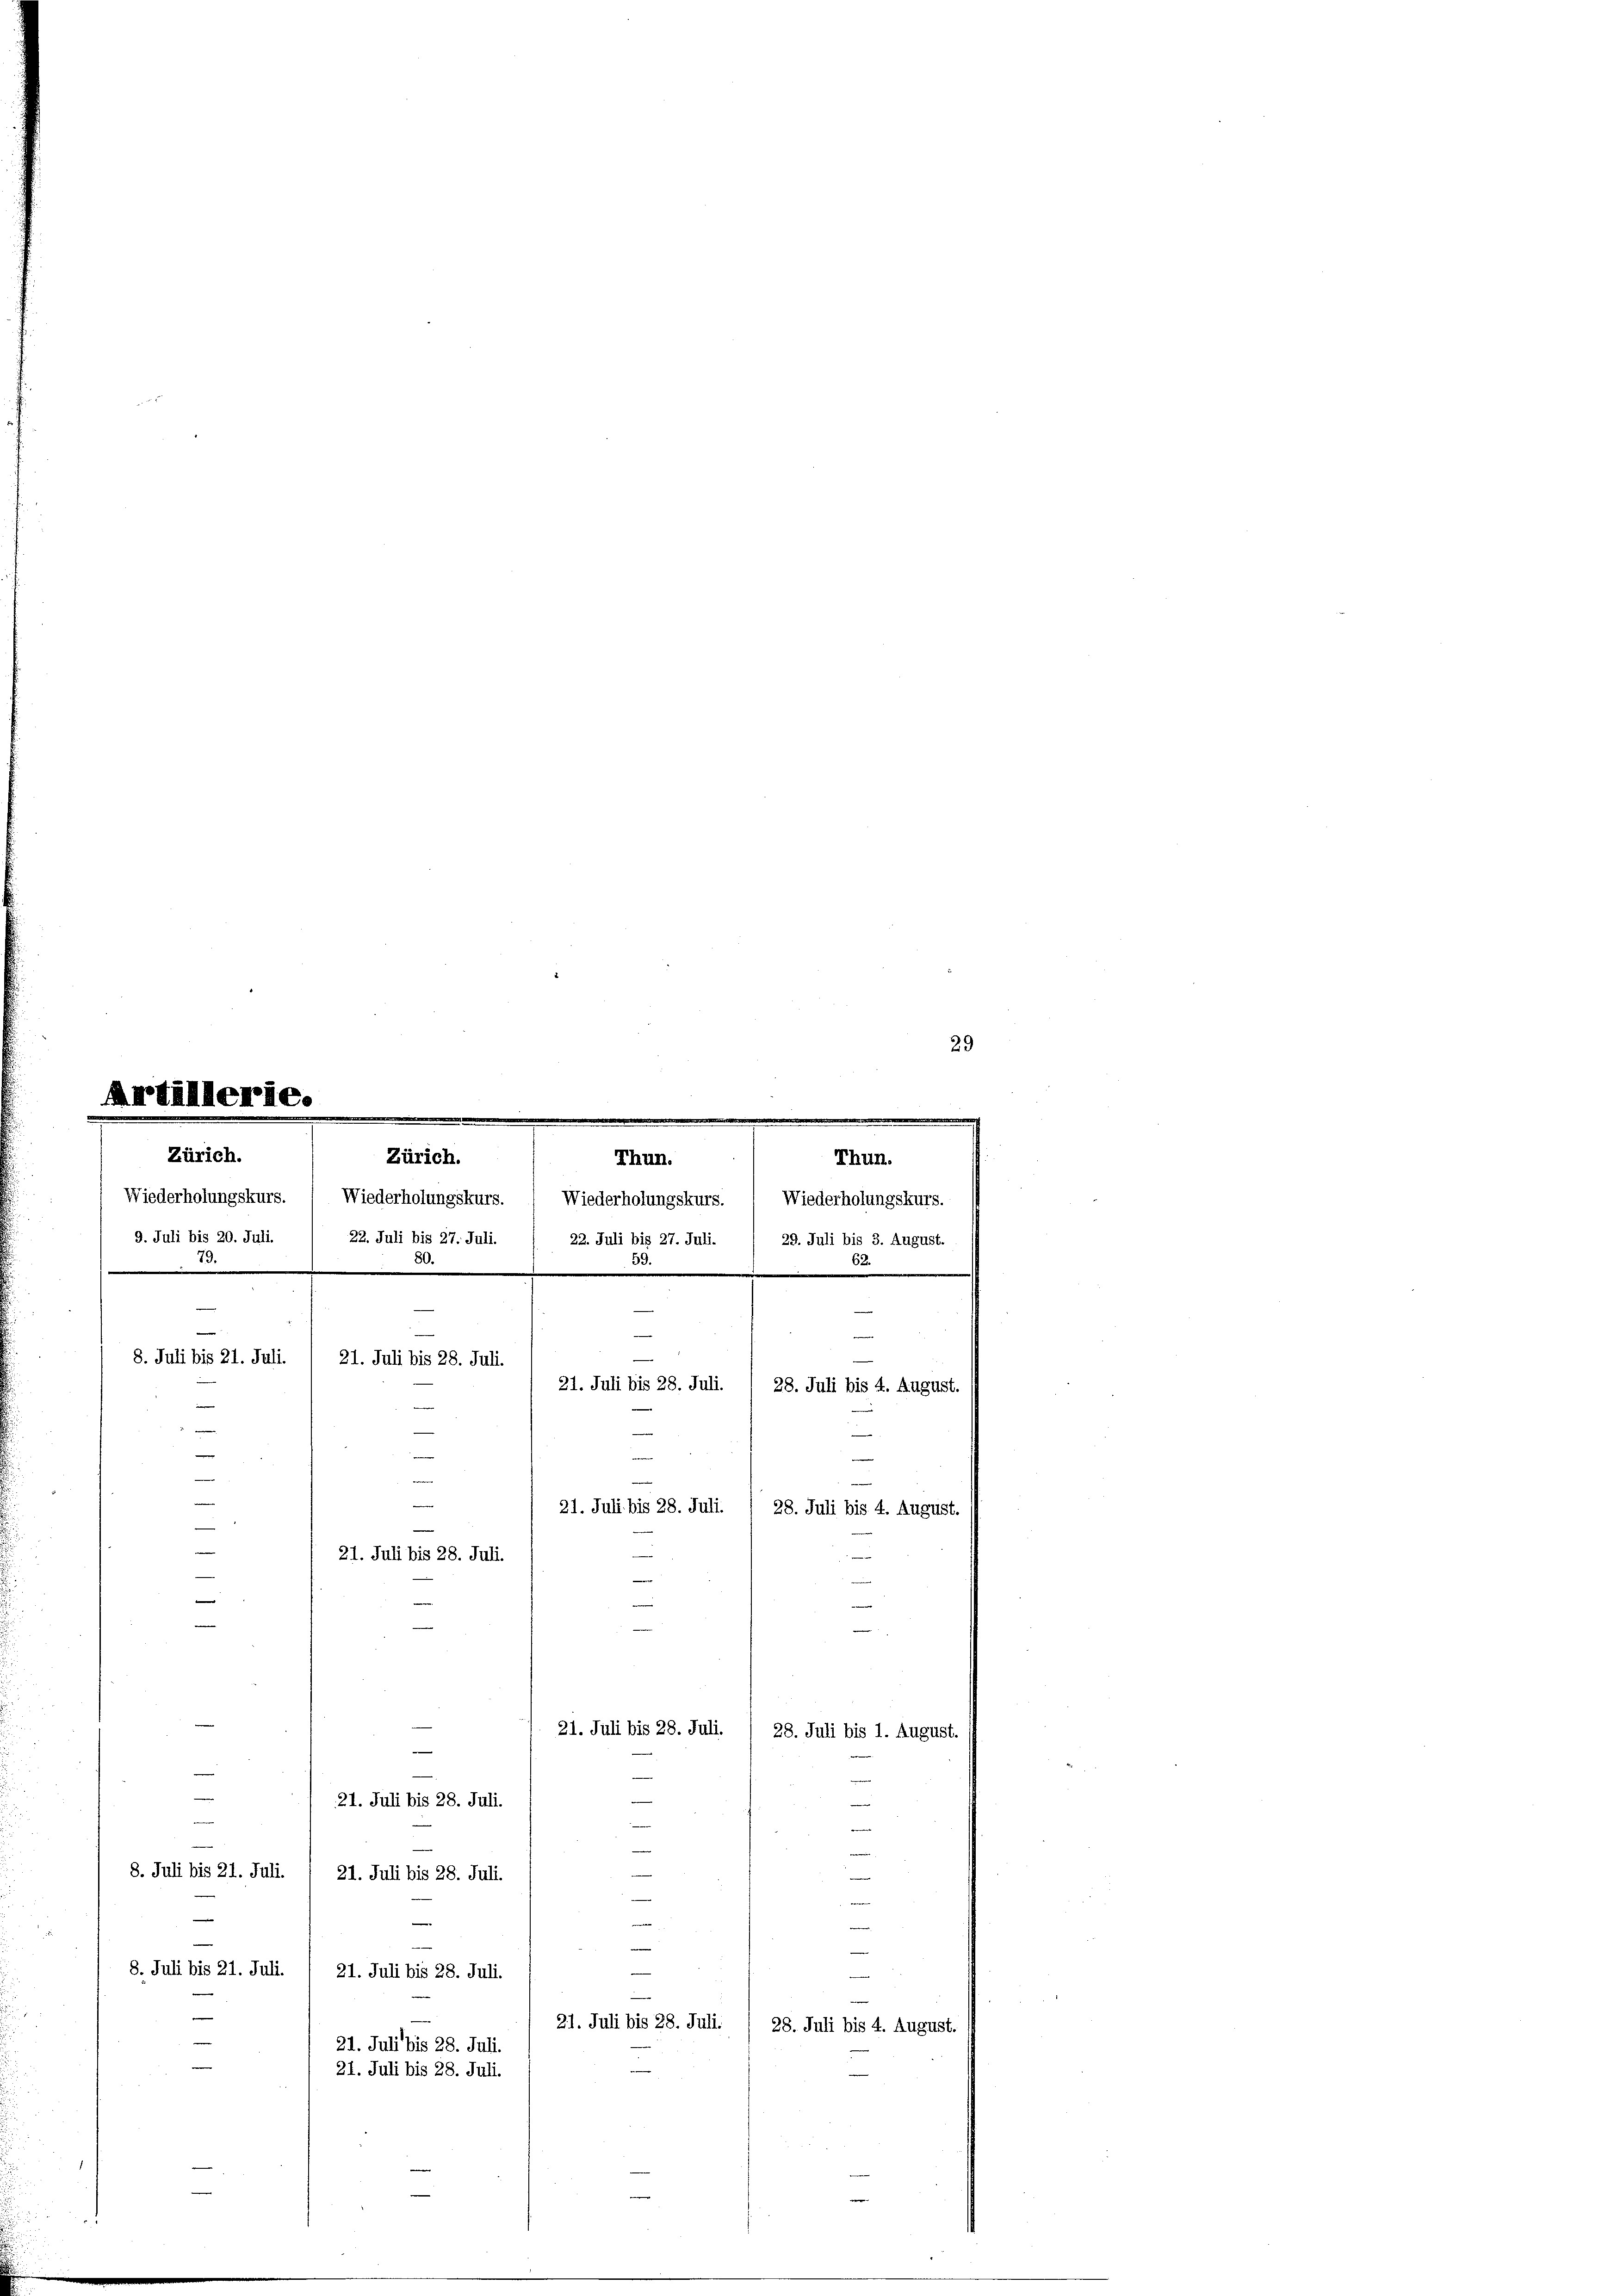
29
Artilllerie.
n
Zürich.
Zürich.
Thun.
Thun.

21. Juli bis 28. Juli.
28. Juli bis 1. August.
21. Juli bis 28. Juli.
e
e
8. Juli bis 21. Juli.
21. Juli bis 28. Juli.
e
u re
e
8. Juli bis 21. Juli.
w
21. Juli bis 28. Juli.
e
21. Juli bis 28. Juli.
28. Juli bis 4. August.
e
21. Juli bis 28. Juli.
e
21. Juli bis 28. Juli.

Wiederholungskurs. Wiederholungskurs. Wiederholungskurs. 1 Wiederholungskurs.
s
22. Juli bis 27. Juli.
22. Juli bis 27. Juli.
29. Juli bis 3. August.
80
s
.
.

21. Juli bis 28. Juli.

9. Juli bis 20. Juli.
.
e
8. Juli bis 21. Juli.
21. Juli bis 28. Juli.
28. Juli bis 4. August.
e
e
2
e
21. Juli bis 28. Juli.
28. Juli bis 4. August.
e
21. Juli bis 28. Juli.
f